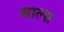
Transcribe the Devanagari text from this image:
साल्स